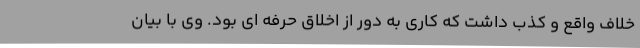
خلاف واقع و کذب داشت که کاری به دور از اخلاق حرفه ای بود. وی با بیان